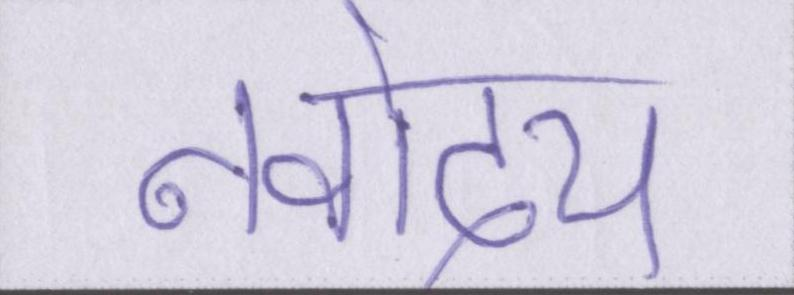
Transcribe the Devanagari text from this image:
नवोदय